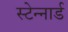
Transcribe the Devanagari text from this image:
स्टेन्नार्ड